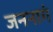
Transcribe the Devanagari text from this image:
जननागं